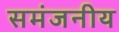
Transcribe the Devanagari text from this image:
समंजनीय